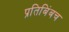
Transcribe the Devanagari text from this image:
प्रतिबिंबच